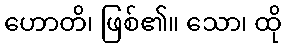
ဟောတိ၊ ဖြစ်၏။ သော၊ ထို